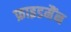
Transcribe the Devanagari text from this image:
फ्राइडमैंन